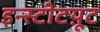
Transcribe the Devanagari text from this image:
इन्स्टीटय़ूट